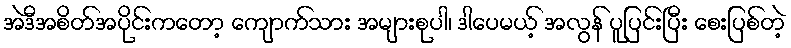
အဲဒီအစိတ်အပိုင်းကတော့ ကျောက်သား အများစုပါ၊ ဒါပေမယ့် အလွန် ပူပြင်းပြီး စေးပြစ်တဲ့